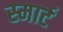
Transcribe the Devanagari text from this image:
स्‍मार्ट